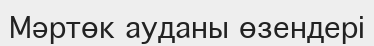
Мәртөк ауданы өзендері